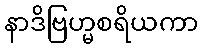
နာဒိဗြဟ္မစရိယကာ